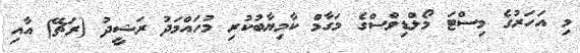
މި އަހަރުގެ މިސްޓަ މޯލްޑިވްސްގެ މަގާމް ކާމިޔާބުކުރި މުހައްމަދު ރަޝީދު (ރަޗޭ) އާއި